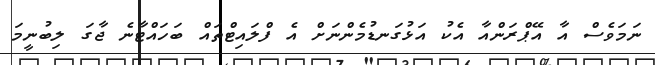
ނަމަވެސް އާ އޭޕްރަންއާ އެކު އަޅުގަނޑުމެންނަށް އެ ފްލައިޓްތައް ބަހައްޓާނެ ޖާގަ ލިބުނީމަ